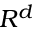
R ^ { d }